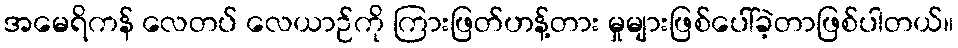
အမေရိကန် လေတပ် လေယာဉ်ကို ကြားဖြတ်ဟန့်တား မှုများဖြစ်ပေါ်ခဲ့တာဖြစ်ပါတယ်။